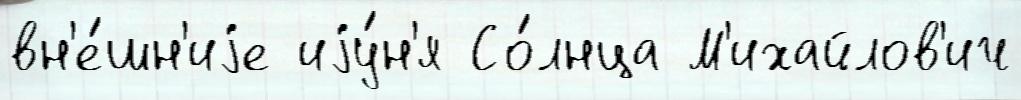
вн'е́шн'иjе иjу́н'я Со́лнца М'ихайлов'ич